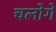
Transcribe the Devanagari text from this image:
चलोगे